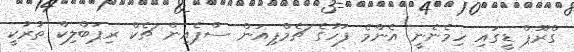
ގްރޫޕް ޑީގައި ހިމެނެނީ އެންމެ ފަހުގެ ޗެމްޕިއަން ސްޕެއިން ޗެކް ރިޕަބްލިކް ތުރުކީ